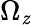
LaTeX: \Omega_{\mathit{z}}